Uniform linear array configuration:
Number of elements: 8
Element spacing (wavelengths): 0.25
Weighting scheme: hann
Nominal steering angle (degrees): -15
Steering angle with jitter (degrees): -13.77
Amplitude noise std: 0.05
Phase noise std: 0.05

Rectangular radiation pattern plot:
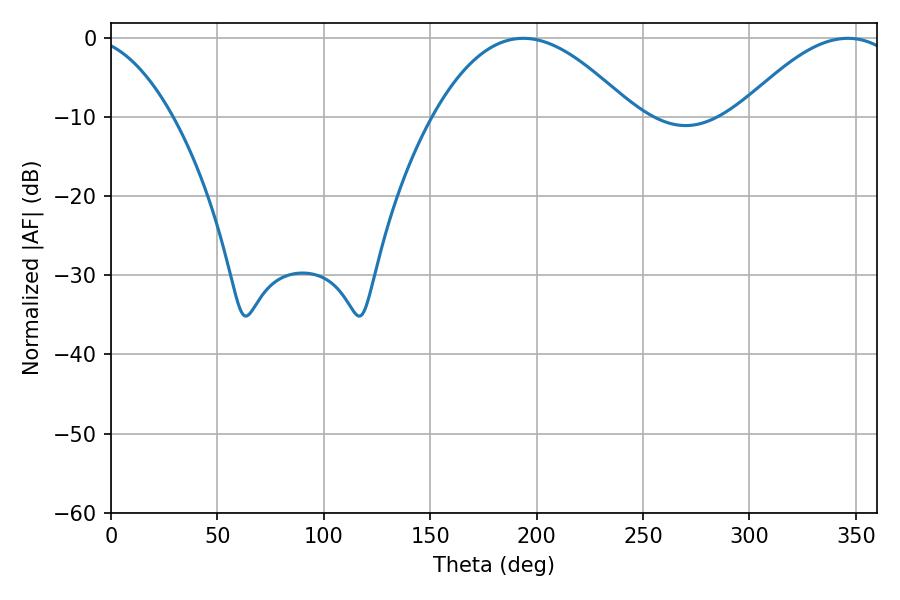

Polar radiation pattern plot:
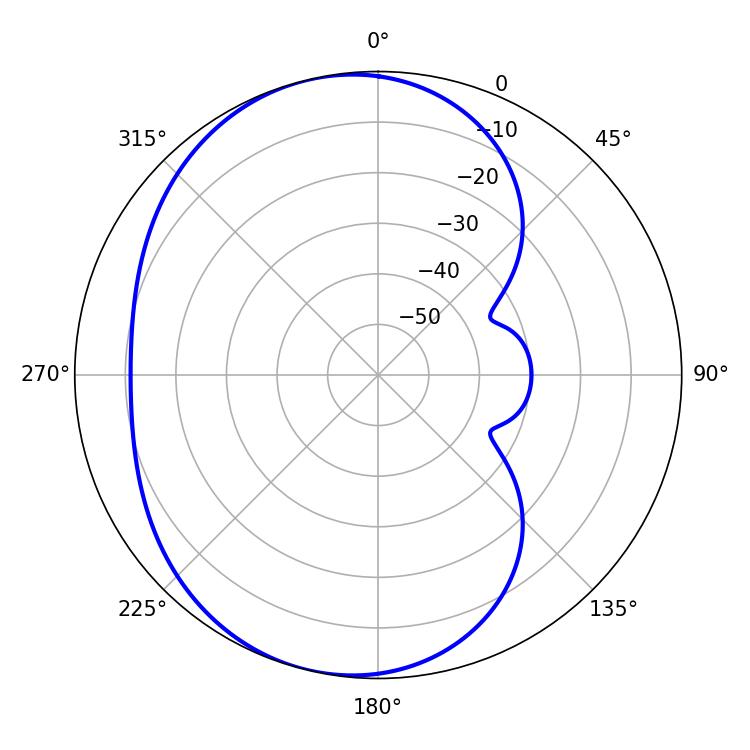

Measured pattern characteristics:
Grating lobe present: FALSE
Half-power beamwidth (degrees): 51.3
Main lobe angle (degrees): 193.68